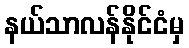
နယ်သာလန်နိုင်ငံမှ